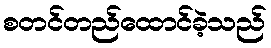
စတင်တည်ထောင်ခဲ့သည်